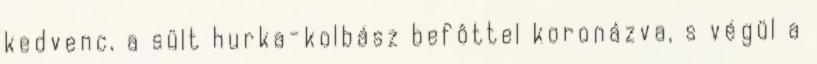
kedvenc, a sült hurka-kolbász befôttel koronázva, s végül a